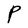
Character: P